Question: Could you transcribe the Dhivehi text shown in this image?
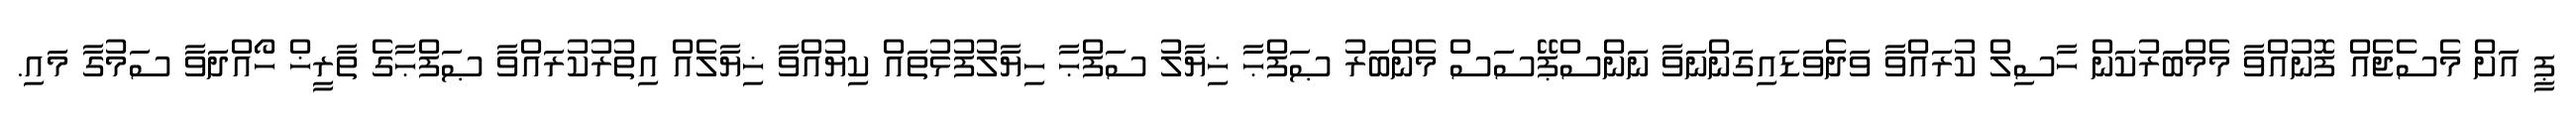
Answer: ޕީ އަށް މެސެޖެއް ފޮނުއްވާ މެމްބަރުކަން ހާސިލް ކުރައްވާ ވަދެވަޑައިގަންނަވާ ނަންސްޕޭސަސް މެންބަރު ޞަފްޙާ ޚިޔާލު ސަފްޙާ ހިޔާލުފުޅުތައް ކިޔުއްވާ ޚިޔާލެއް އިތުރުކުރައްވާ ޞަފްޙާގެ ތާރީޚް ހޯއްދަވާ ސަމުގާ މައި.